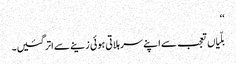
‘‘
بلّیاں تعجب سے اپنے سر ہلاتی ہوئی زینے سے اتر گئیں۔